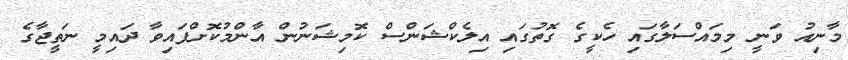
މާނިއު ވަނީ މިމައްސަލާގައި ހެކީގެ ގޮތުގައި އިލެކްޝަންސް ކޮމިޝަނުން އާންމުކޮށްފައިވާ ދައިމީ ނަތީޖާގެ